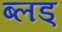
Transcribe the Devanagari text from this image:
ब्लड्